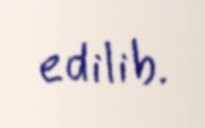
edilib.